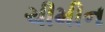
ચીમીન